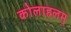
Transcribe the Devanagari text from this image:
कोलाहलम्